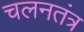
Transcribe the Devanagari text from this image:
चलनतंत्र